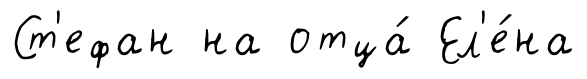
Ст'ефан на отца́ Ел'е́на